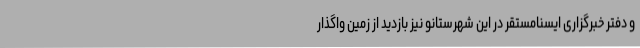
و دفتر خبرگزاری ایسنامستقر در این شهرستانو نیز بازدید از زمین واگذار